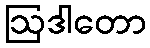
ဩဒါတော